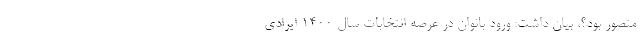
متصور بود؟، بیان داشت: ورود بانوان در عرصه انتخابات سال ۱۴۰۰ ایرادی